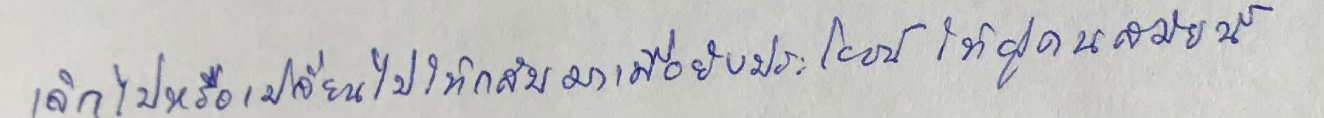
เลิกไปหรือเปลี่ยนไปให้กลับมาเพื่อยังประโยชน์ให้ผู้คนสมัยนี้